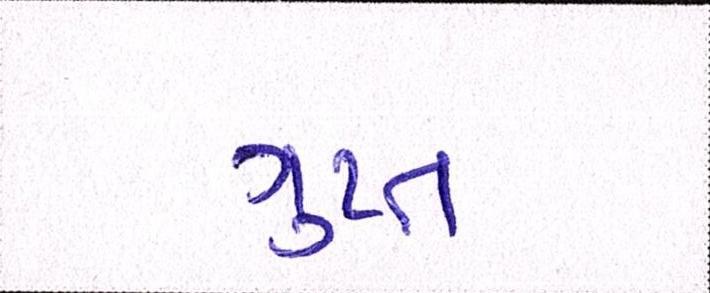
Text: ગુપ્ત